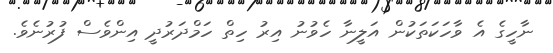
ނާހީގެ އެ ވާހަކަތަކުން އަލީނާ ހެވުނު އިރު ހިތް ހަމްދަރުދީ އިންވެސް ފުރުނެވެ.